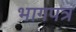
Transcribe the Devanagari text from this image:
भागपत्र